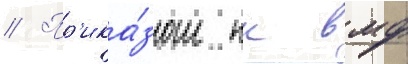
// Пр'ика́зом нк вмф